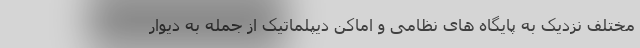
مختلف نزدیک به پایگاه های نظامی و اماکن دیپلماتیک از جمله به دیوار